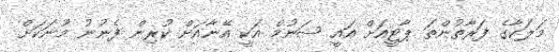
މަލަކާގެ ފަރާތުންތަ ޕާޓީއަށް އައީ ޝަނުމް އަކީ އޭނާއަށް ކުރިން ފެނުނު މޫނަކަށް